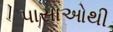
પાસાઓથી